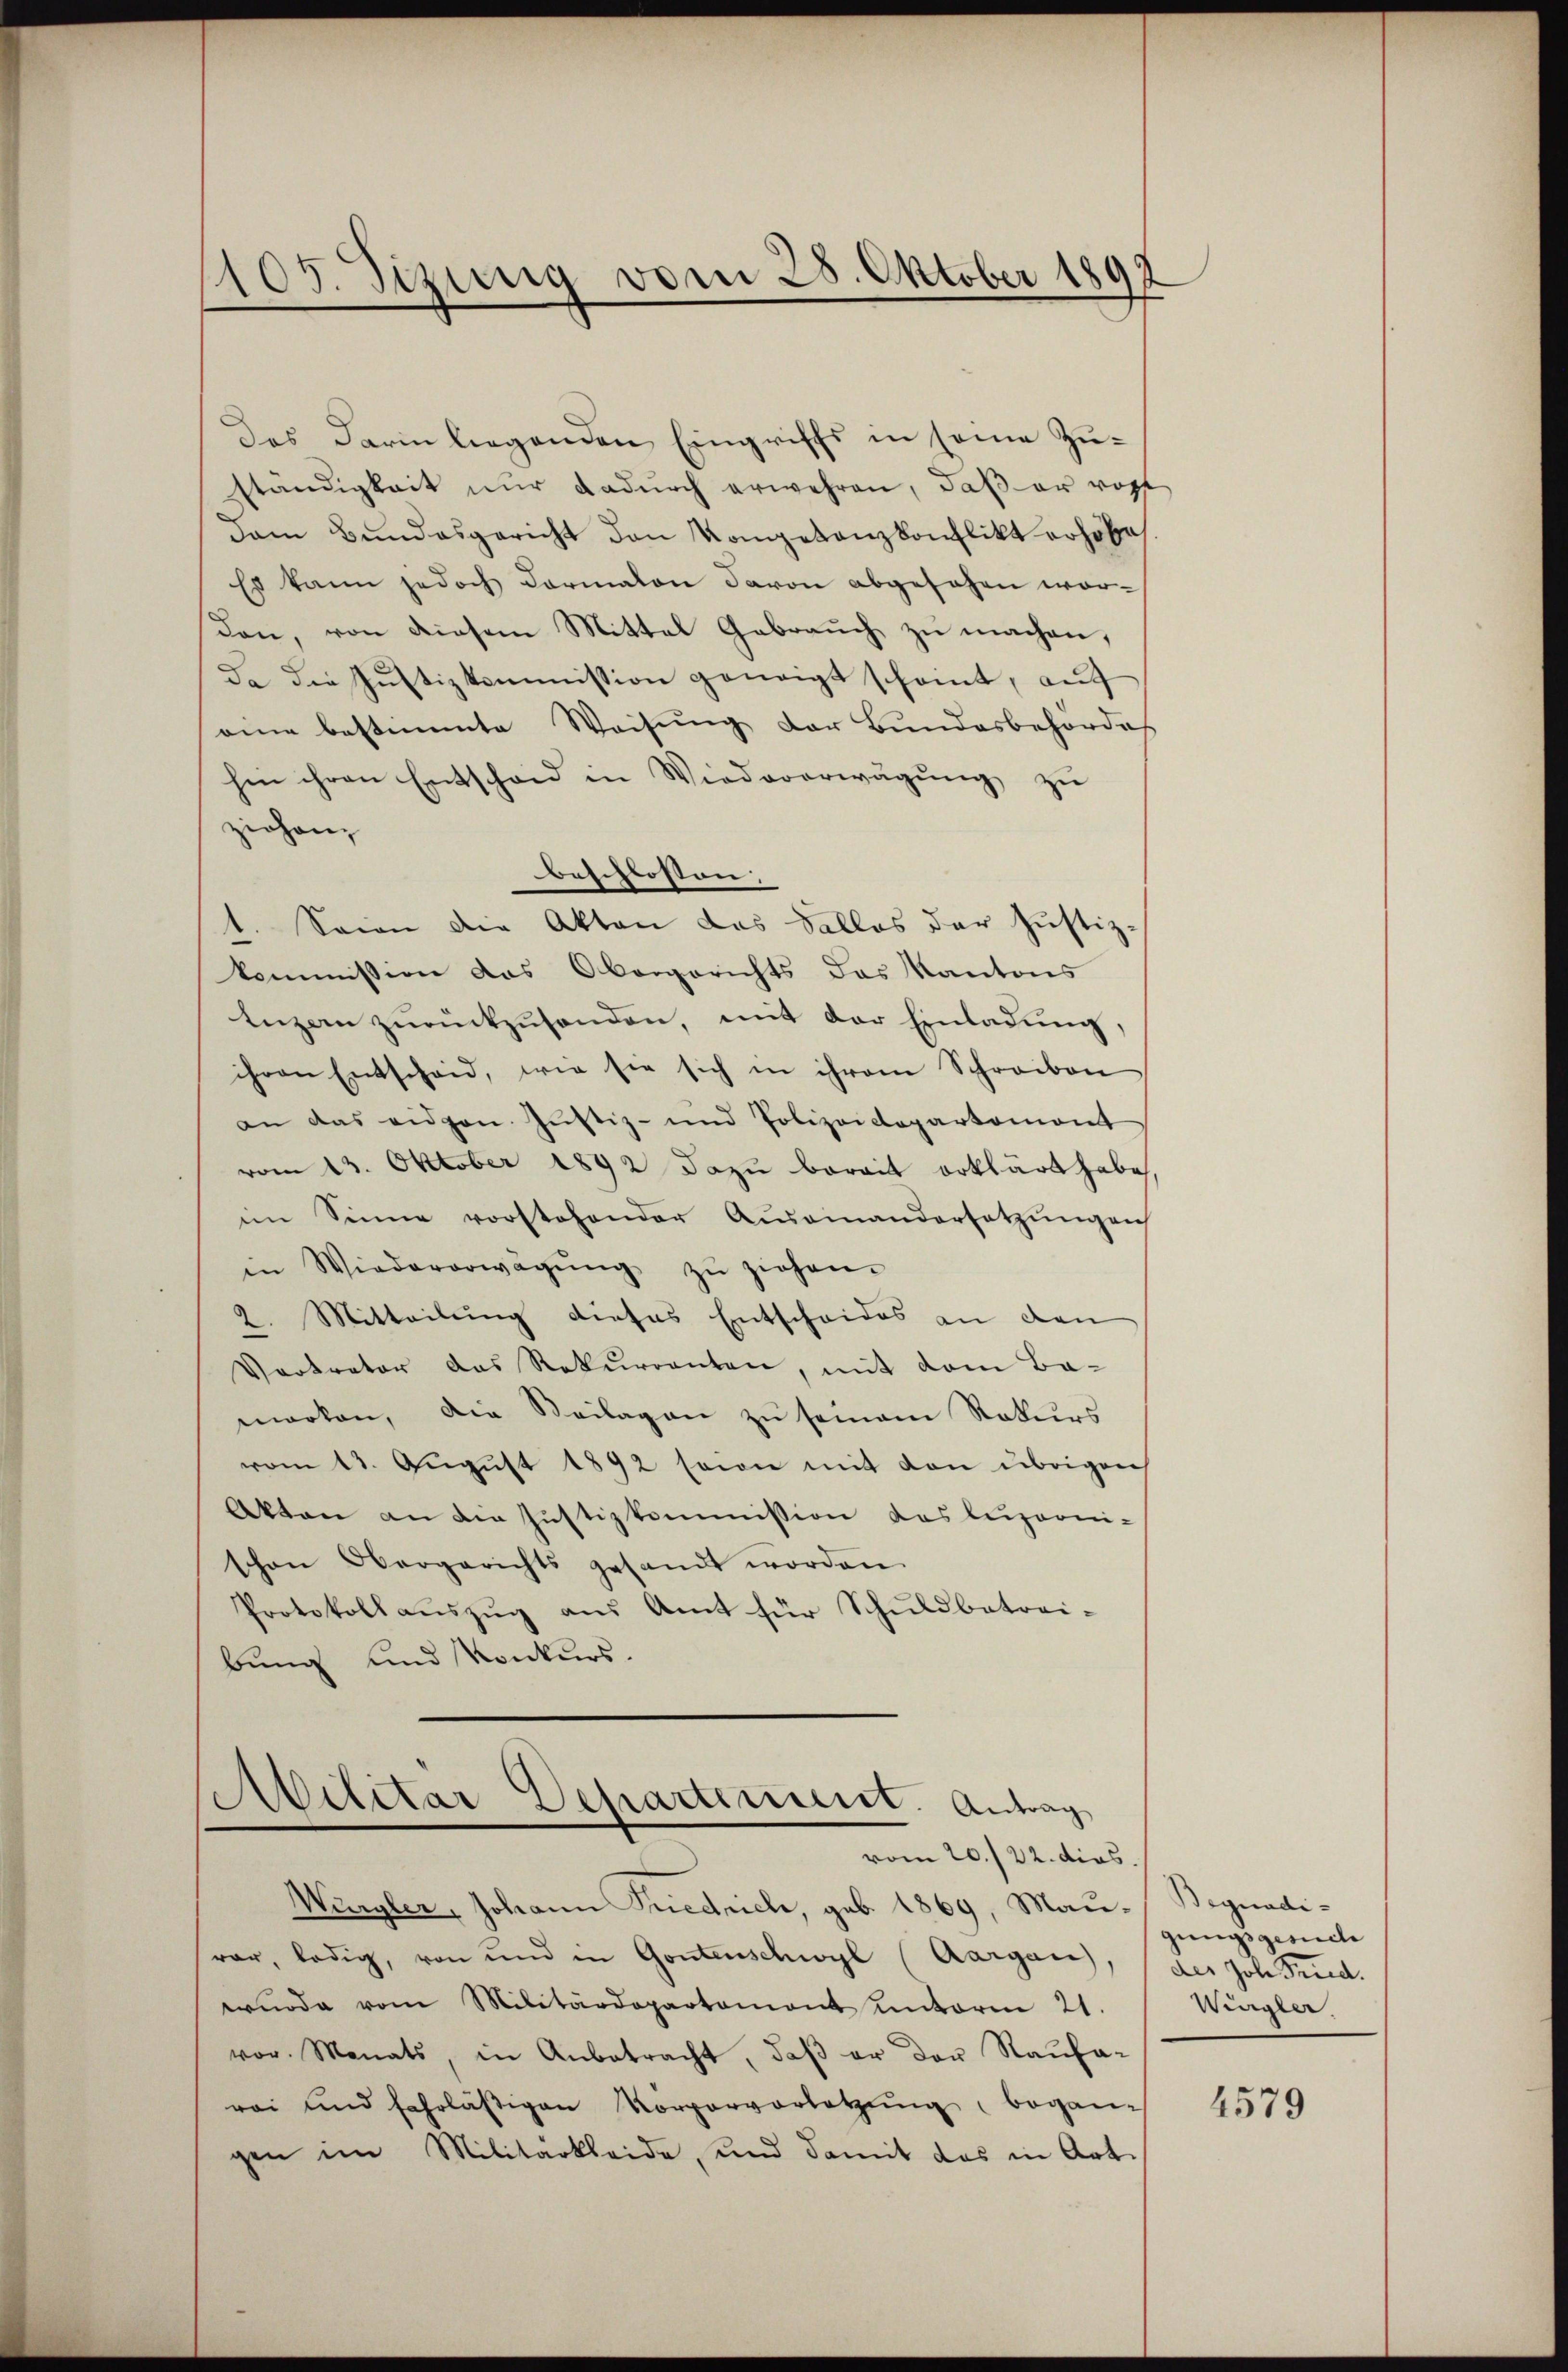
105. Sizung vom 28. Oktober 1899
—

Das Darin liegenden Eingriffs in seine Zuständigkeit nŭr dadŭrch erwehren, daß er ropf
Dem Bundesgericht den Kompetanzkonflikt erhöhe
Es kann jedoch Formalon davon abgesehen wor-
den, von diesem Mittel Gebrauch zu machen,
da die Justizkommission geneigt scheint, auf
eine bestimmte Weisung der Bundesbehörde
hin ihren Entscheid in Wiedererwägŭng zu
ziehen,
beschlossen:
1. Seien die Akten das Salles der Justiz-
kommission das Obergerichts das Kantons
Enzen zurückzusenden, mit der Einladung,
ihren Entscheid, wie sie sich in ihrem Schreiben
an das eidgen. Justiz- und Polizeidepartemont
vom 13. Oktober 1892 dazu berait erklärt habe,
im Sinne vorstehender Aŭsainandersetzŭngen
in Wiedererwägŭng zŭ ziehen.
2. Mitteilung dieses Entscheides an den
Vertreter das Rekurrenten, mit dem Ba-
marken, die Beilagen zŭ seinem Rekurs
vom 13. Aŭgŭst 1892 sowie mit den übrigen
Akten an die Justizkommission das luzionischen Obergerichts gesandt worden.
Protokoll aŭszŭg aŭs Amt für Schuldbetrei-
bung und Konkurs.

Ailitar Departerient. Antrag
vom 20./22. dies

Würgler, Johann Friedrich, geb. 1869, Mau-Begnadi-
var, ledig, von und in Gontenschwyl (Aargau,
wŭrde vom Militärdepartament unterm 21.
vor. Monats, in Anbetracht, daβ er der Raŭfa-
rei und fahrläβigen Korporverletzŭng began-
gen im Militärkleide, und damit das in Art.

gungsgesuche
des Joh. Fried.
Wügler

4579